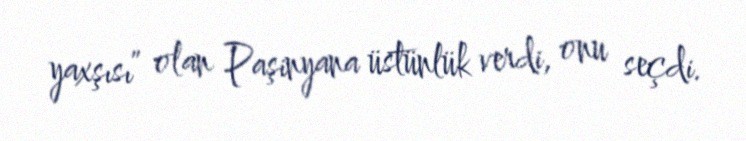
yaxşısı” olan Paşinyana üstünlük verdi, onu seçdi.